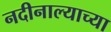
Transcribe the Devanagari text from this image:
नदीनाल्याच्या